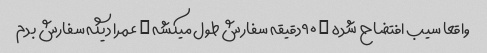
واقعا سیب افتضاح شده … ۹۰دقیقه سفارش طول میکشه … عمرا دیگه سفارش بدم